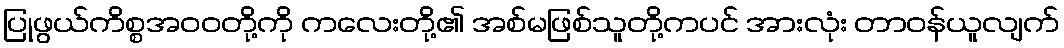
ပြုဖွယ်ကိစ္စအဝဝတို့ကို ကလေးတို့၏ အစ်မဖြစ်သူတို့ကပင် အားလုံး တာဝန်ယူလျက်